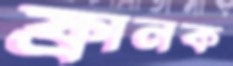
ফ্রানক